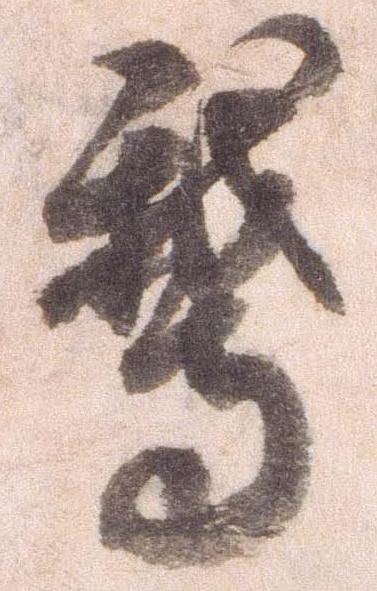
鵝